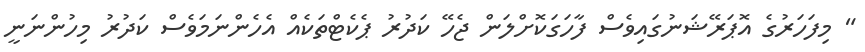
" މިފަހަރުގެ އޮޕަރޭޝަނުގައިވެސް ފާހަގަކޮށްލަން ޖެހޭ ކަދުރު ޕެކެޓްތަކެއް އެހެންނަމަވެސް ކަދުރު މިހުންނަނީ